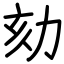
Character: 劾